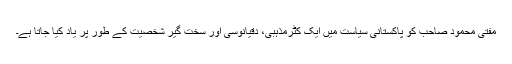
مفتی محمود صاحب کو پاکستانی سیاست میں ایک کٹرمذہبی، دقیانوسی اور سخت گیر شخصیت کے طور پر یاد کیا جاتا ہے۔